Indian journal of veterinary science and animal husbandry - Volume 13,
Year: 1943
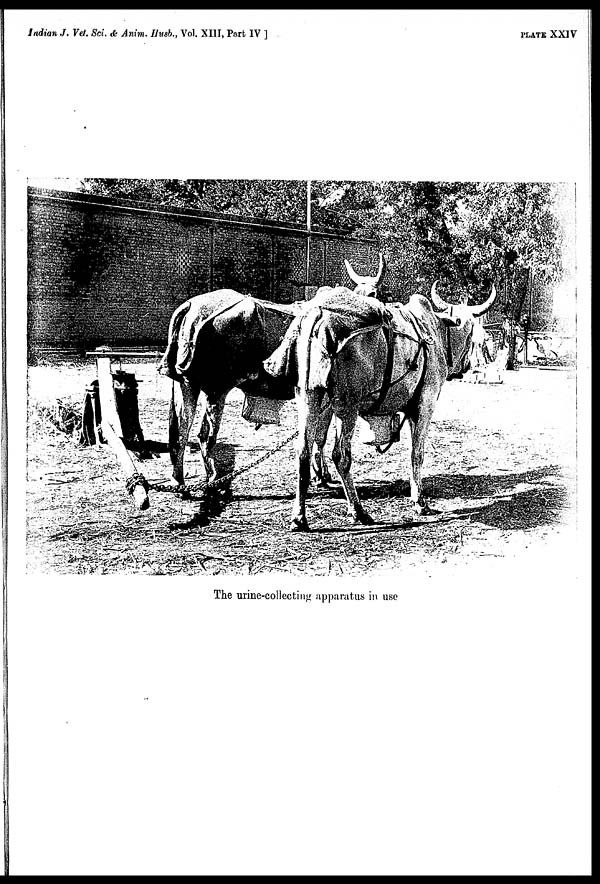
Indian J. Vet. Sci. & Anim. Husb., Vol. XIII, Part IV ]
PLATE XXIV
The urine-collecting apparatus in use